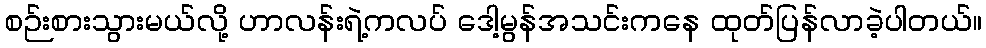
စဉ်းစားသွားမယ်လို့ ဟာလန်းရဲ့ကလပ် ဒေါ့မွန်အသင်းကနေ ထုတ်ပြန်လာခဲ့ပါတယ်။